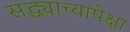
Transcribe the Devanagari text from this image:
सद्ध्याच्यापेक्षा